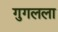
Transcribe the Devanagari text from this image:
गुगलला